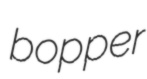
bopper